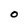
Character: O